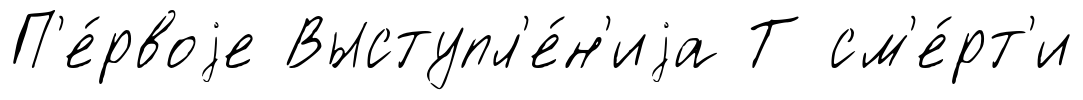
П'е́рвоjе Выступл'е́н'иjа Т см'е́рт'и